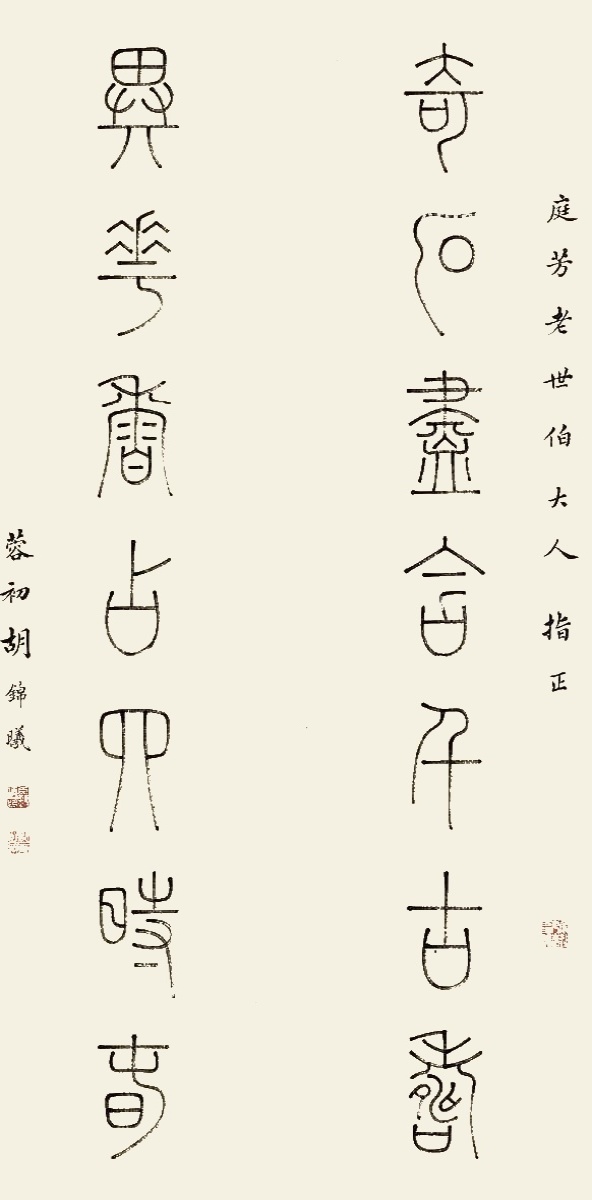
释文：奇石尽含千古寿，异花香占四时春。庭芳老世伯大人指正，蓉初胡锦曦。